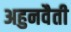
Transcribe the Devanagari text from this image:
अहुनवैती